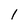
Character: 1